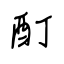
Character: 酊